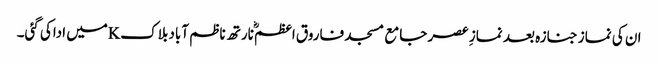
ان کی نماز جنازہ بعد نمازِ عصر جامع مسجد فاروق اعظمؓ نارتھ ناظم آباد بلاکKمیں اداکی گئی۔